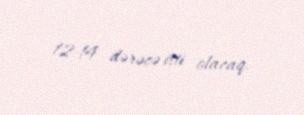
12-14 dərəcə isti olacaq.